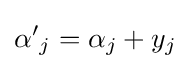
{\alpha '}_{j}=\alpha _{j}+y_{j}